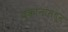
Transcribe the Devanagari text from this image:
दुकानांमधून